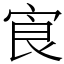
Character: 㝗